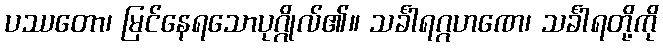
ပဿတော၊ မြင်နေရသောပုဂ္ဂိုလ်၏။ သင်္ခါရဂ္ဂဟဏေ၊ သင်္ခါရတို့ကို